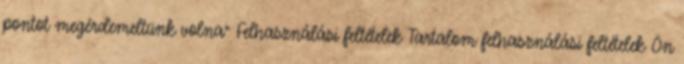
pontot megérdemeltünk volna” Felhasználási feltételek Tartalom felhasználási feltételek Ön